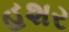
હશર